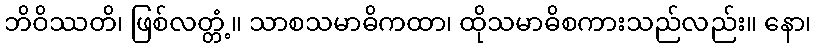
ဘိဝိဿတိ၊ ဖြစ်လတ္တံ့။ သာစသမာဓိကထာ၊ ထိုသမာဓိစကားသည်လည်း။ နော၊